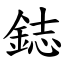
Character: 鋕